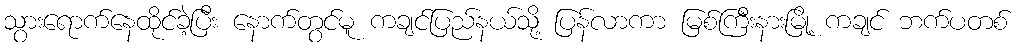
သွားရောက်နေထိုင်ခဲ့ပြီး နောက်တွင်မူ ကချင်ပြည်နယ်သို့ ပြန်လာကာ မြစ်ကြီးနားမြို့ ကချင် ဘက်ပတစ်